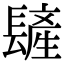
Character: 𨲨